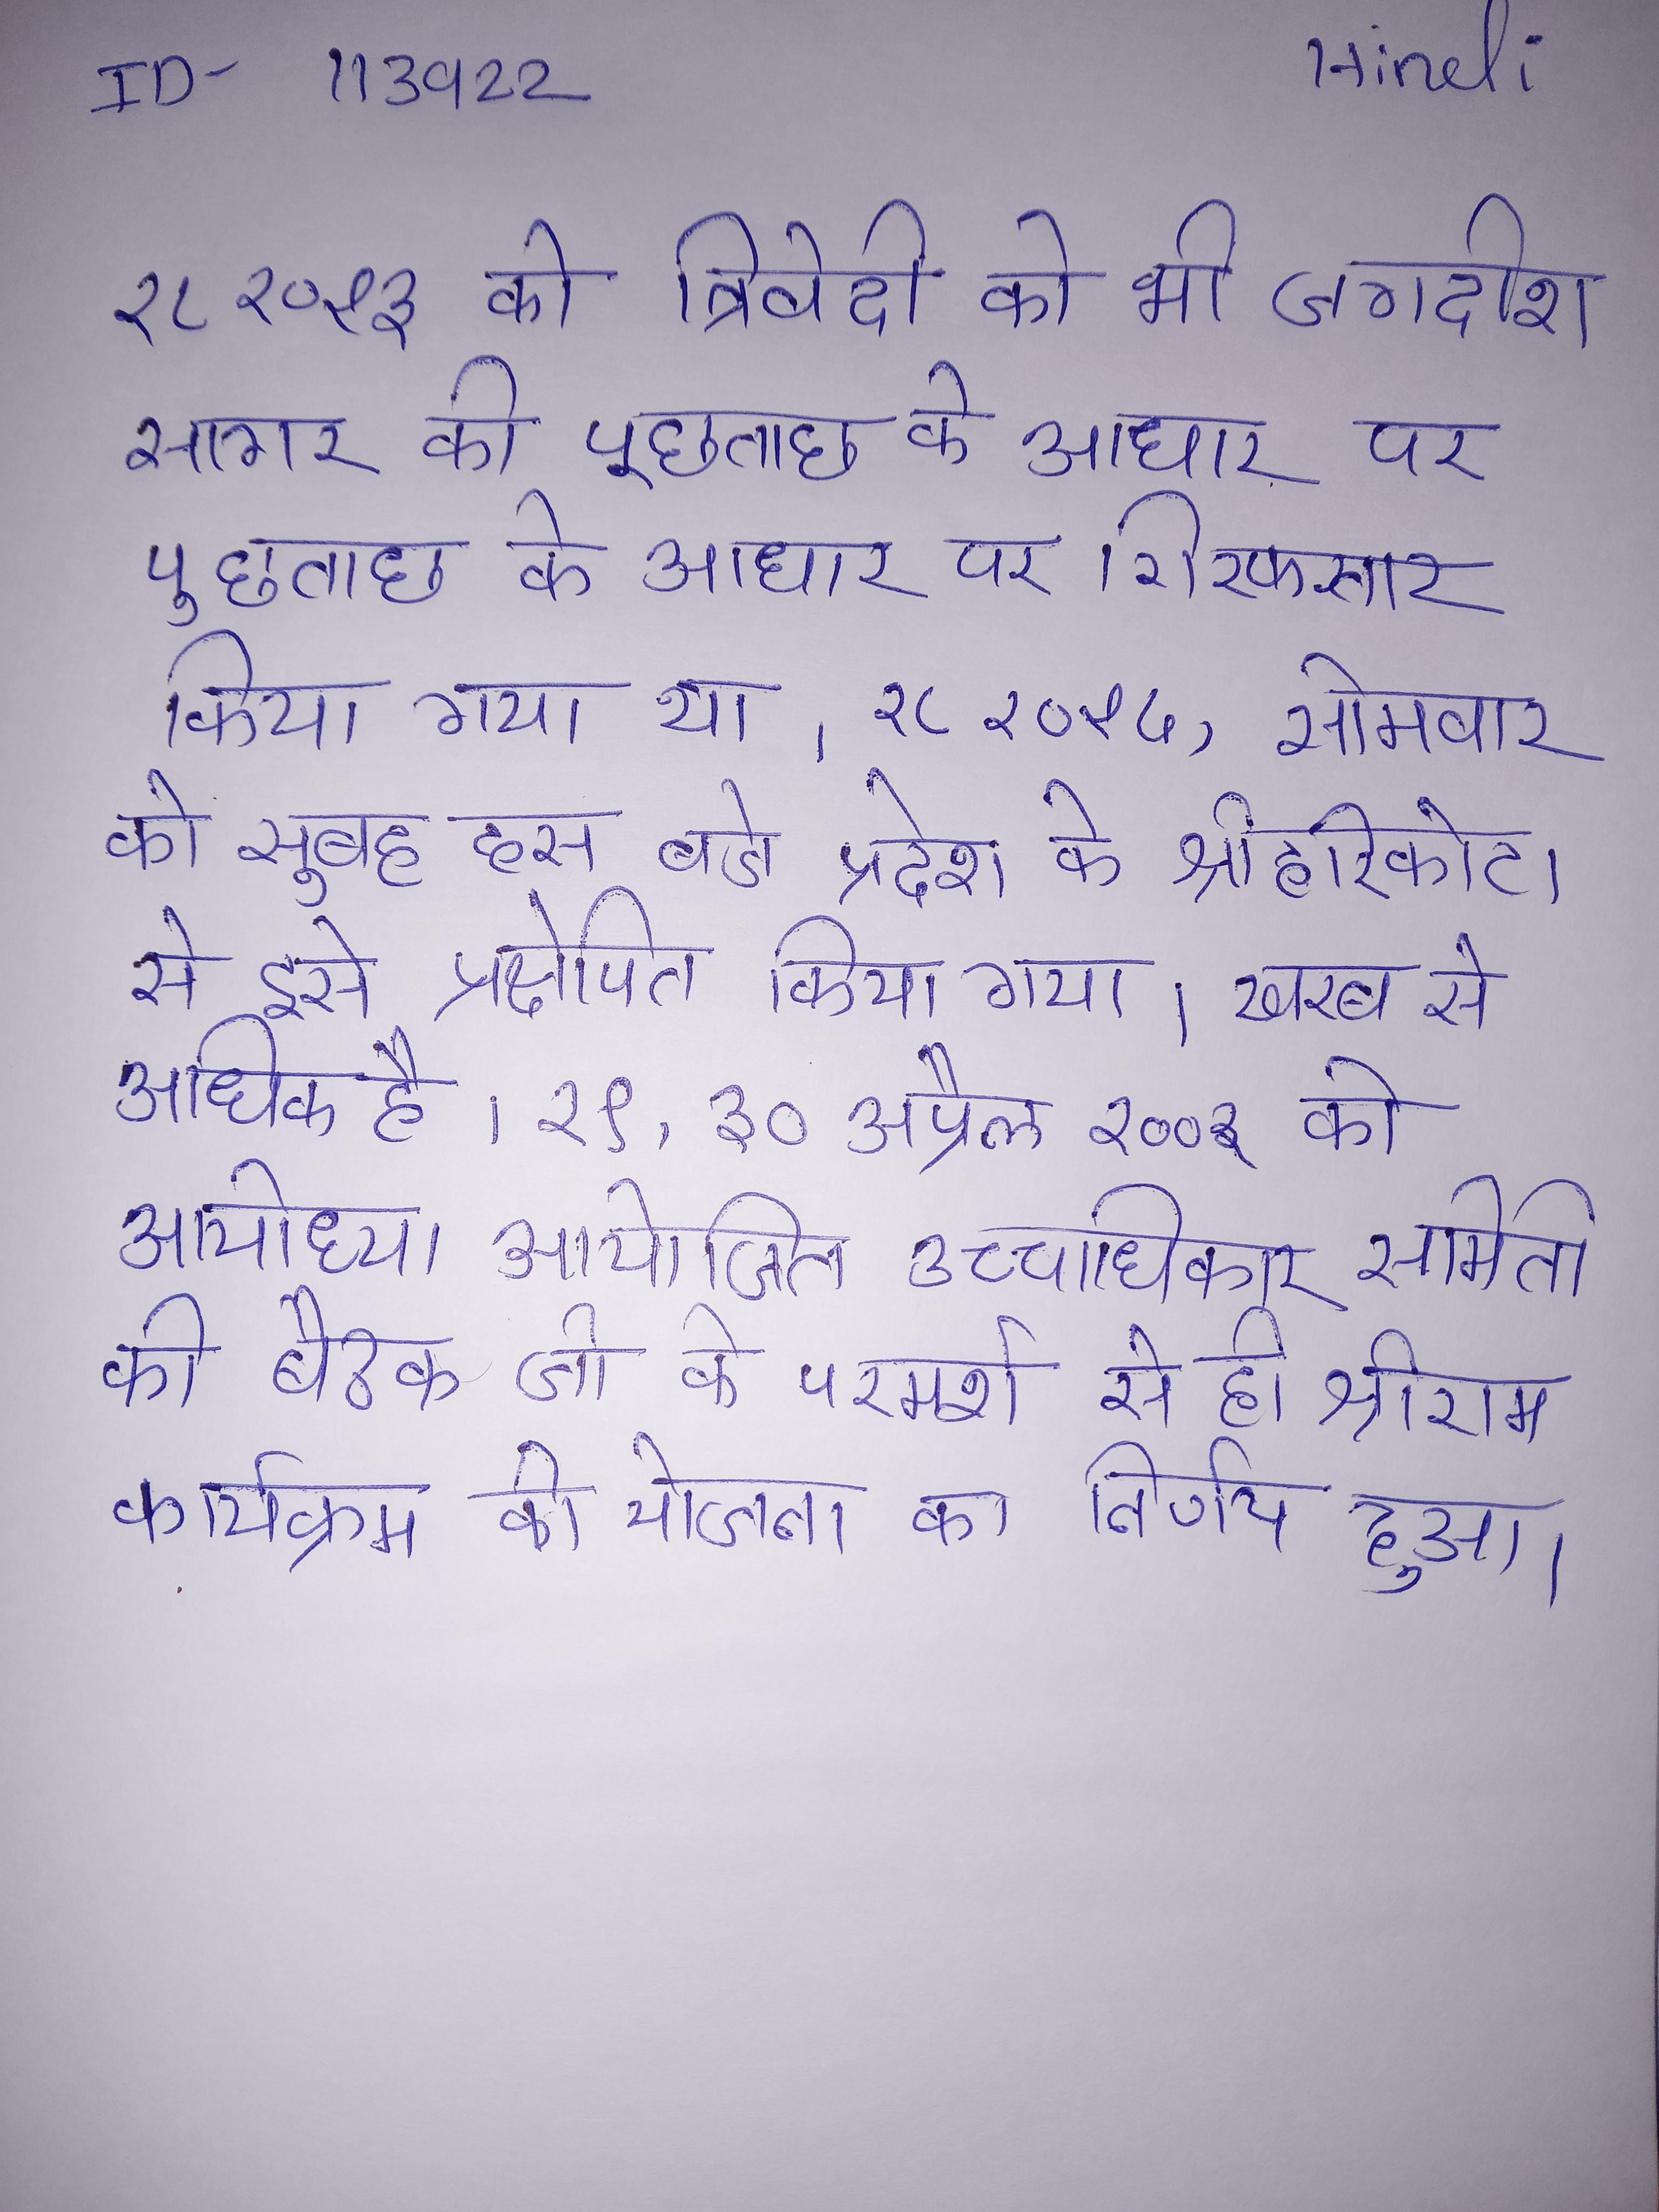
२८ २०१३ को त्रिवेदी को भी जगदीश सागर की पूछताछ के आधार पर गिरफ्तार किया गया था । २८ २०१५, सोमवार को सुबह दस बजे प्रदेश के श्रीहरिकोटा से इसे प्रक्षेपित किया गया । खरब से अधिक है । २९, ३० अप्रैल २००३ को अयोध्या आयोजित उच्चाधिकार समिति की बैठक जी के परामर्श से ही श्रीराम कार्यक्रम की योजना का निर्णय हुआ ।